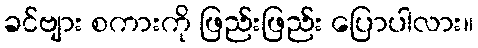
ခင်ဗျား စကားကို ဖြည်းဖြည်း ပြောပါလား။